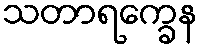
သတာရက္ခေန